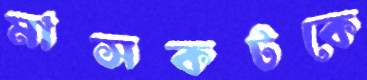
মাসকটকে